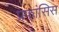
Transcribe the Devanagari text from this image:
प्रफांसिस